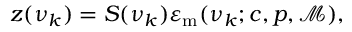
\begin{array} { r } { z ( \nu _ { k } ) = S ( \nu _ { k } ) \varepsilon _ { \mathrm { { m } } } ( \nu _ { k } ; c , p , \mathcal { M } ) , } \end{array}